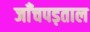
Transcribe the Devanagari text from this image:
जाँचपड़ताल